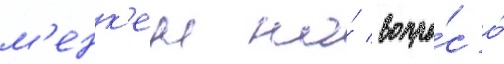
м'енк'ен на́ вопро́с о́